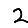
Digit: 2